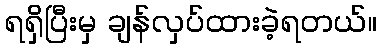
ရရှိပြီးမှ ချန်လှပ်ထားခဲ့ရတယ်။